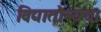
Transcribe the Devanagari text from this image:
विद्यातोन्यथा